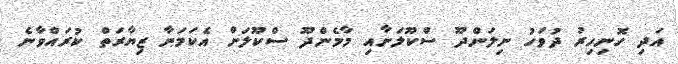
އަދި ހޮނިހިރު ދުވަހު ނިލަންދޫ ސްކޫލަށާއި މާމެންދޫ ސްކޫލަށް އެކަމަނާ ޒިޔާރަތް ކުރައްވާނެ